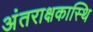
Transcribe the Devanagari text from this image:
अंतराक्षकास्थि